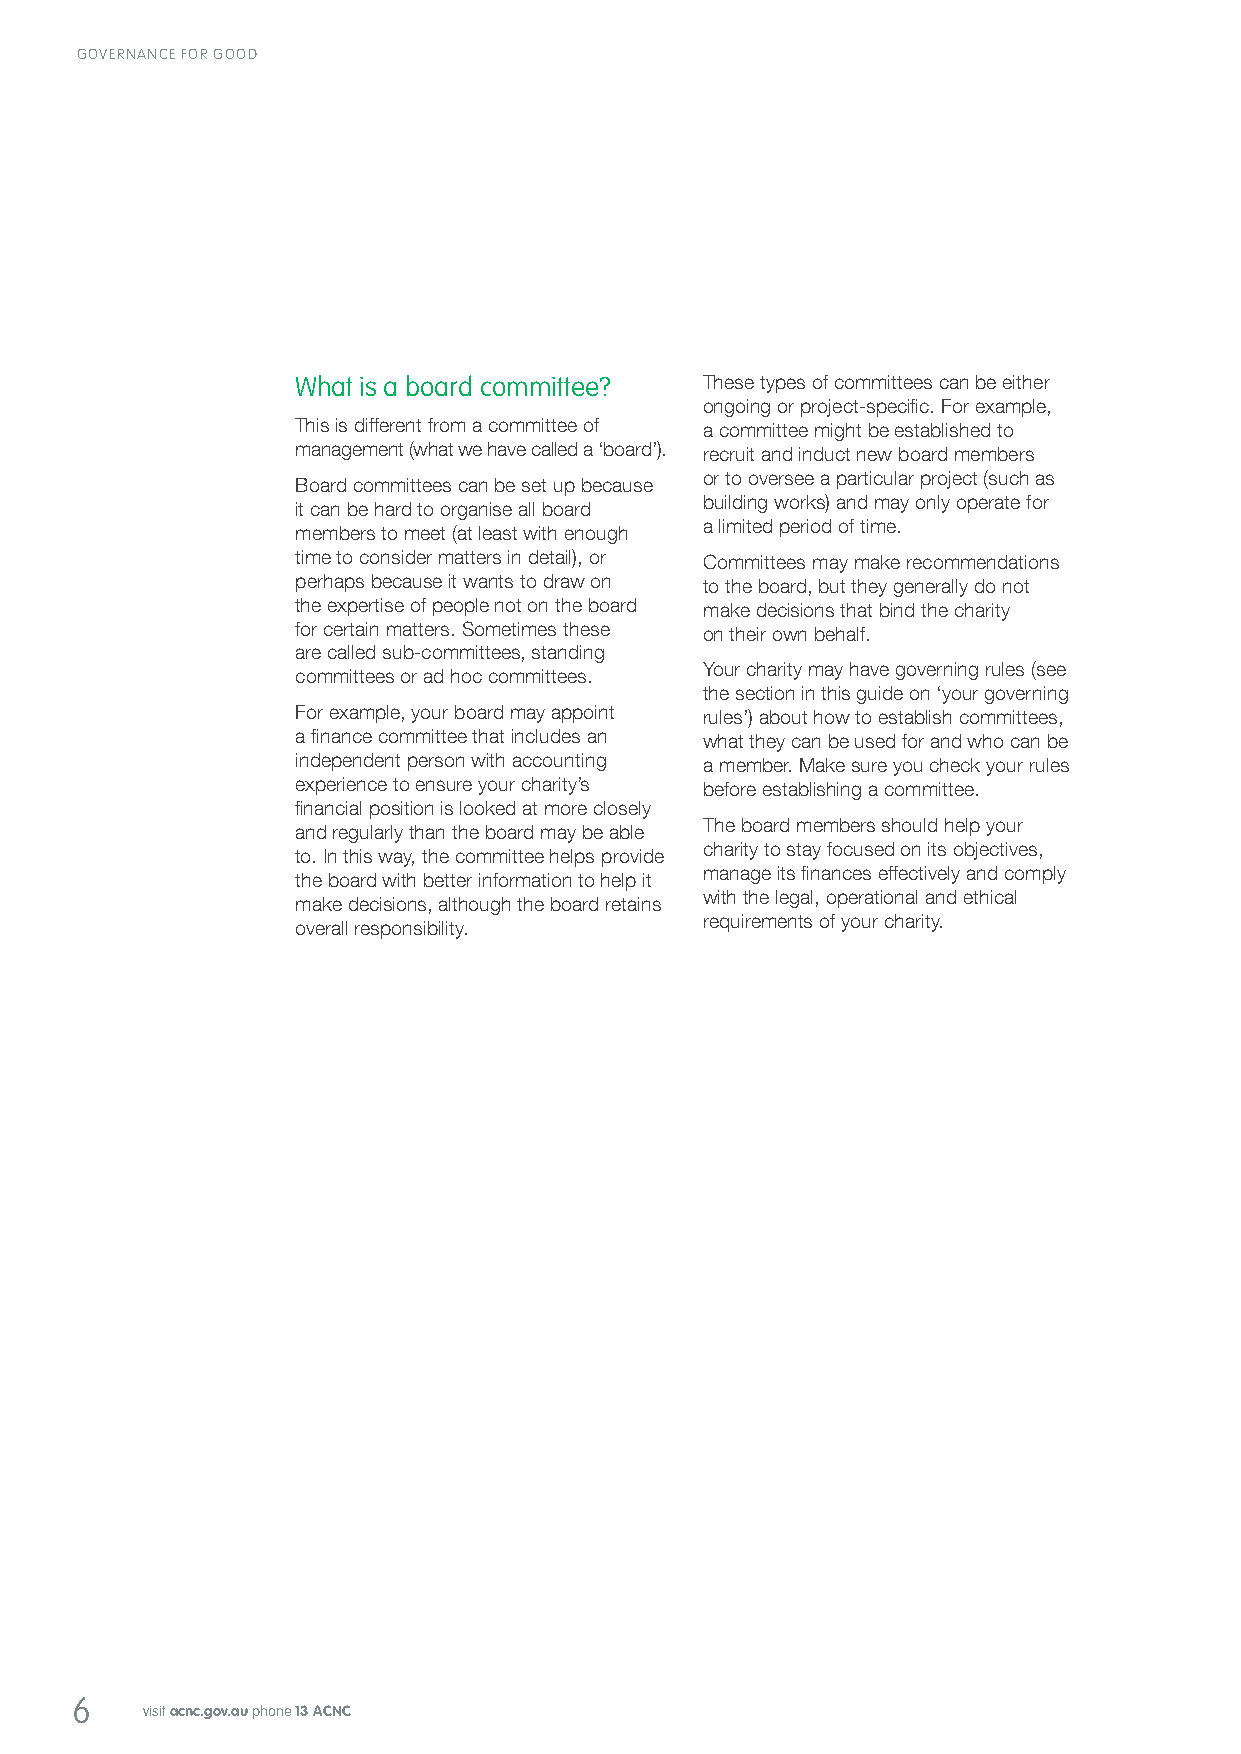
GOVERNANCE FOR GOOD
 What is a board committee? These types of committees can be either
 ongoing or project‑specific. For example,
 This is different from a committee of a committee might be established to
 management (what we have called a ‘board’). recruit and induct new board members
 or to oversee a particular project (such as
 Board committees can be set up because
 building works) and may only operate for
 it can be hard to organise all board
 a limited period of time.
 members to meet (at least with enough
 time to consider matters in detail), or Committees may make recommendations
 perhaps because it wants to draw on to the board, but they generally do not
 the expertise of people not on the board make decisions that bind the charity
 for certain matters. Sometimes these on their own behalf.
 are called sub‑committees, standing
 Your charity may have governing rules (see
 committees or ad hoc committees.
 the section in this guide on ‘your governing
 For example, your board may appoint rules’) about how to establish committees,
 a finance committee that includes an what they can be used for and who can be
 independent person with accounting a member. Make sure you check your rules
 experience to ensure your charity’s before establishing a committee.
 financial position is looked at more closely
 The board members should help your
 and regularly than the board may be able
 charity to stay focused on its objectives,
 to. In this way, the committee helps provide
 manage its finances effectively and comply
 the board with better information to help it
 with the legal, operational and ethical
 make decisions, although the board retains
 requirements of your charity.
 overall responsibility.
 6
 visit acnc.gov.au phone 13 ACNC